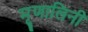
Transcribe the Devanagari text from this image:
मृृणालिनी